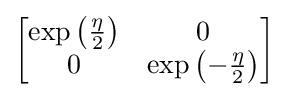
{\begin{bmatrix}\exp \left({\frac {\eta }{2}}\right)&0\\0&\exp \left(-{\frac {\eta }{2}}\right)\end{bmatrix}}